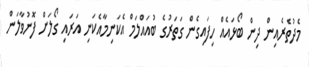
މެދުތެރެއިން ދިން ބޯޅައެއް ހިފައިގެން ގަތަރުގެ ބުއައްލަމް އެކަނިމާއެކަނި އަރައި ގޯލަށް ފޮނުވާލަން